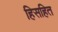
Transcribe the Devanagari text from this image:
हिसहित